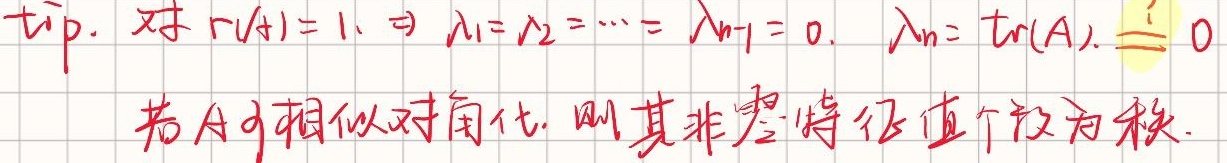
\[
\begin{align*}
&\text{tip. 对 }r(A) = 1, \Rightarrow \lambda_1=\lambda_2=\cdots=\lambda_{n - 1}=0, \lambda_n=\text{tr}(A) \neq 0\\
&\text{若 }A\text{ 可相似对角化，则其非零特征值个数为秩}.
\end{align*}
\]